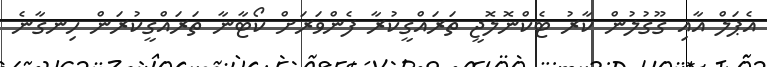
އެޕަލް އާއި ގޫގުލުން ކާރު ޓެކްނޮލޮޖީ ތަރައްގީކުރާ ފެންވަރަށް ކޯޓާނާ ތަރައްގީކުރަން ހިނގާނެ